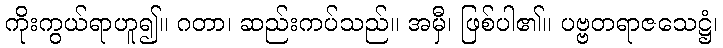
ကိုးကွယ်ရာဟူ၍။ ဂတာ၊ ဆည်းကပ်သည်။ အမှီ၊ ဖြစ်ပါ၏။ ပဗ္ဗတရာဇသေဋ္ဌံ၊